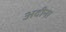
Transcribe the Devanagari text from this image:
अदीना